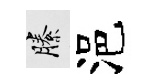
縢浥